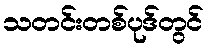
သတင်းတစ်ပုဒ်တွင်